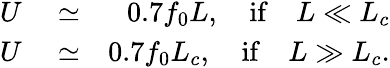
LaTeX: \begin{array}{rlr}{U}&{{}\simeq}&{0.7f_{0}L,\quad\mathrm{if}\quad L\ll L_{c}}\\ {U}&{{}\simeq}&{0.7f_{0}L_{c},\quad\mathrm{if}\quad L\gg L_{c}.}\end{array}